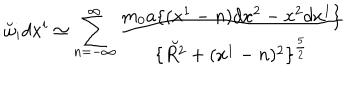
\breve { \omega } _ { i } d x ^ { i } \simeq \sum _ { n = - \infty } ^ { \infty } { \frac { m _ { 0 } a \{ ( x ^ { 1 } - n ) d x ^ { 2 } - x ^ { 2 } d x ^ { 1 } \} } { \{ \breve { R ^ { 2 } } + ( x ^ { 1 } - n ) ^ { 2 } \} ^ { \frac { 5 } { 2 } } } } \,